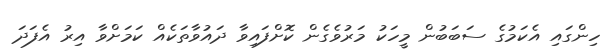
ހިންގައި އެކަމުގެ ސަބަބުން މީހަކު މަރުވެގެން ކޮށްފައިވާ ދައުވާތަކެއް ކަމަށްވާ އިރު އެފަދަ